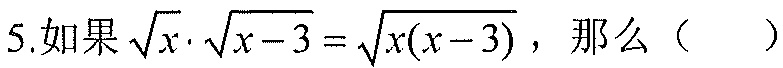
5.如果$\sqrt{x}\cdot\sqrt{x - 3}=\sqrt{x(x - 3)}$，那么（  ）